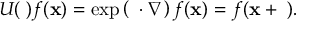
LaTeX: U ( \mathbf { \lambda } ) f ( \mathbf { x } ) = \exp \left( \mathbf { \lambda } \cdot \nabla \right) f ( \mathbf { x } ) = f ( \mathbf { x } + \mathbf { \lambda } ) .